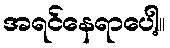
အရင်နေရာပေါ့။